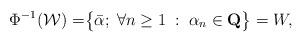
LaTeX: \begin{align*}\Phi^{-1}(\mathcal W)=&\bigl\{ \bar\alpha;\; \forall n\ge 1\;:\; \alpha_n\in\mathbf Q\bigr\}=W,\end{align*}